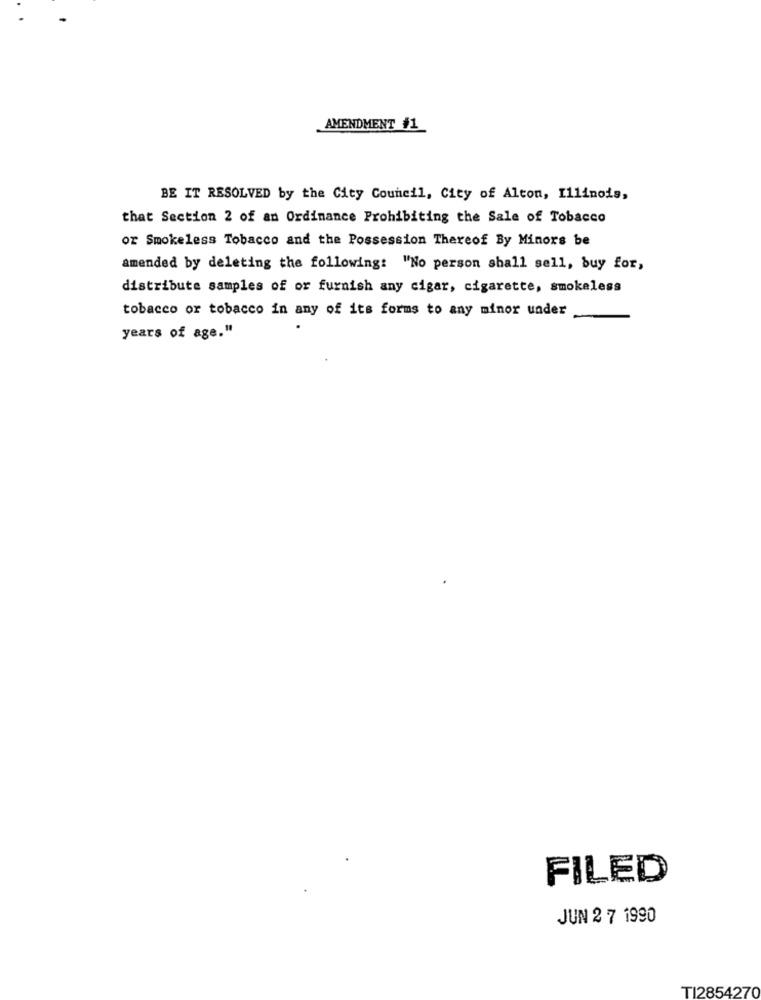
AMENDMENT #1
BE IT RESOLVED by the City Council, City of Alcon, Illinois,
that Section 2 of an Ordinance Prohibiting the Sale of Tobacco
or Smokeless Tobacco and the Possession Thereof By Minors be
amended by deleting the following: "No person shall sell, buy for,
distribute samples of or furnish any cigar, cigarette, smokeless
tobacco or tobacco in any of its forms to any minor under
years of age."
FILED
JUN 2 7 1990
TI2854270